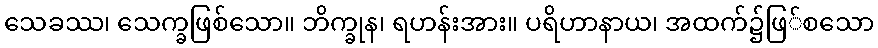
သေခဿ၊ သေက္ခဖြစ်သော။ ဘိက္ခုန၊ ရဟန်းအား။ ပရိဟာနာယ၊ အထက်၌ဖြ်စသော